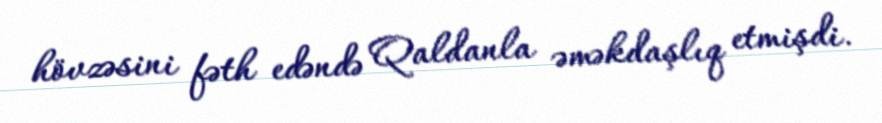
hövzəsini fəth edəndə Qaldanla əməkdaşlıq etmişdi.